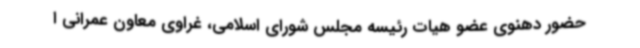
حضور دهنوی عضو هیات رئیسه مجلس شورای اسلامی، غراوی معاون عمرانی ا